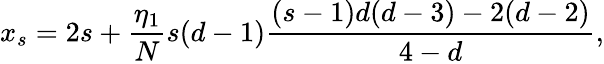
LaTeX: x_{s}=2s+\frac{\eta_{1}}{N}s(d-1)\frac{(s-1)d(d-3)-2(d-2)}{4-d},